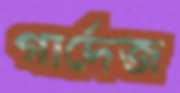
গার্দেজ